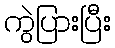
ကွဲပြားပြီး